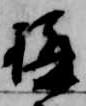
構